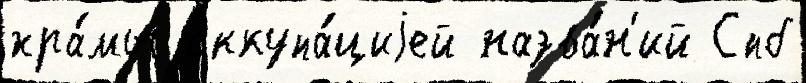
хра́мы оккупа́циjей назва́н'ий Спб